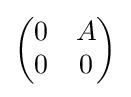
{\begin{pmatrix}0&A\\0&0\end{pmatrix}}